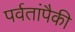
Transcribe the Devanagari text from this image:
पर्वतांपैकी